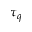
\tau _ { q }